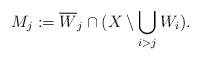
LaTeX: \begin{align*}M_j:=\overline W_j\cap (X\setminus \bigcup_{i>j} W_i).\end{align*}